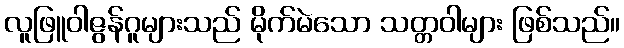
လူဖြူဝါဇွန်ဂူများသည် မိုက်မဲသော သတ္တဝါများ ဖြစ်သည်။